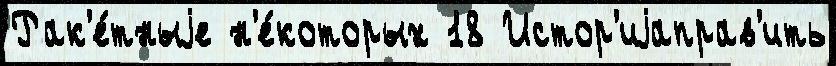
Рак'е́тныjе н'е́которых 18 Истор'иjаправ'ить